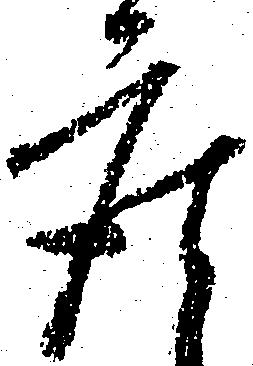
座